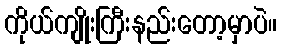
ကိုယ်ကျိုးကြီးနည်းတော့မှာပဲ။